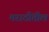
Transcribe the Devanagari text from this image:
मराठींतील